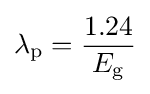
\lambda _{\text{p}}={\frac {1.24}{E_{\text{g}}}}